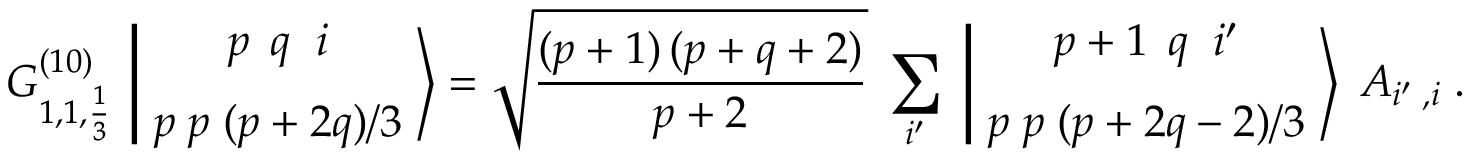
G _ { 1 , 1 , { \frac { 1 } { 3 } } } ^ { ( 1 0 ) } \, \left| \, { p \; \, q \; \; i \atop p \; p \; ( p + 2 q ) / 3 } \, \right\rangle = \sqrt { \frac { ( p + 1 ) \, ( p + q + 2 ) } { p + 2 } } \; \sum _ { i ^ { \prime } } \; \left| \, { p + 1 \; \, q \; \; i ^ { \prime } \atop p \; p \; ( p + 2 q - 2 ) / 3 } \, \right\rangle \; A _ { i ^ { \prime } \; , i } \; .